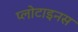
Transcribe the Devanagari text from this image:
प्लोटाइनस